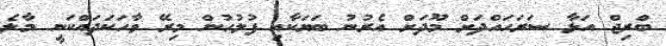
ބްރިޖް އަޅާ ސަރަހައްދަށް މޫދަށް އެރުނު ބަޔަކާއި ފުލުހުން މިރޭ ވާހަކަދައްކަނީ މާލެ